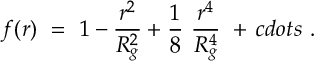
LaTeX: f ( r ) \ = \ 1 - \frac { r ^ { 2 } } { R _ { g } ^ { 2 } } + \frac 1 8 \ \frac { r ^ { 4 } } { R _ { g } ^ { 4 } } \ + \, c d o t s \ .